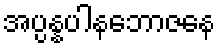
အပ္ပန္နပါနဘောဇနေ